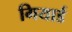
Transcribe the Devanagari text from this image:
गियार्ड